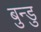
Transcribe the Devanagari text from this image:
बुन्डु